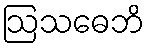
ဩသဓေဘိ